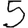
Digit: 5